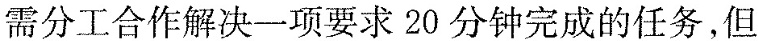
需分工合作解决一项要求20分钟完成的任务，但